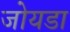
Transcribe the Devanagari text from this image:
जोयडा